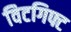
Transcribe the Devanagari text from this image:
विटगिफ्ट